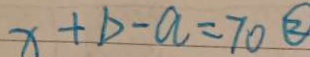
x + b - a = 7 0 \textcircled { 2 }